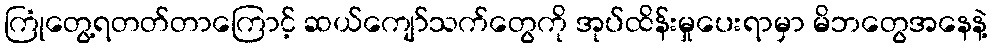
ကြုံတွေ့ရတတ်တာကြောင့် ဆယ်ကျော်သက်တွေကို အုပ်ထိန်းမှုပေးရာမှာ မိဘတွေအနေနဲ့